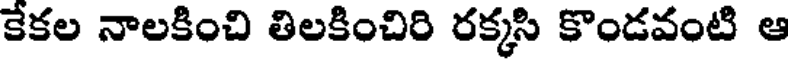
కేకల నాలకించి తిలకించిరి రక్కసి కొండవంటి ఆ